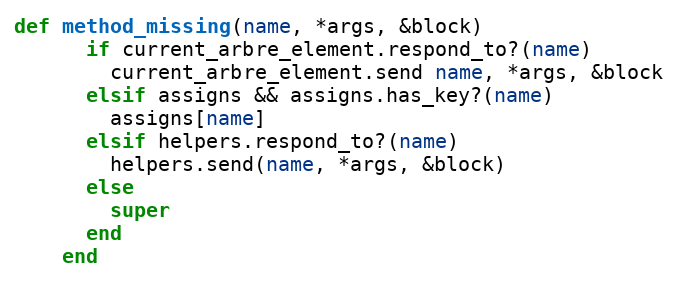
Language: Ruby
def method_missing(name, *args, &block)
      if current_arbre_element.respond_to?(name)
        current_arbre_element.send name, *args, &block
      elsif assigns && assigns.has_key?(name)
        assigns[name]
      elsif helpers.respond_to?(name)
        helpers.send(name, *args, &block)
      else
        super
      end
    end